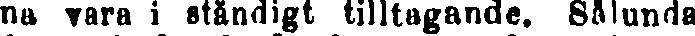
na vara i ständigt tilltagande. Sålunda